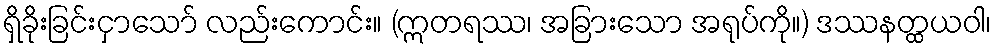
ရှိခိုးခြင်းငှာသော် လည်းကောင်း။ (ဣတရဿ၊ အခြားသော အရုပ်ကို။) ဒဿနတ္ထယဝါ၊